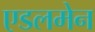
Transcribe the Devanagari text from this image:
एडलमेन